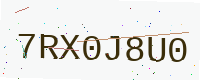
Text: 7RX0J8U0